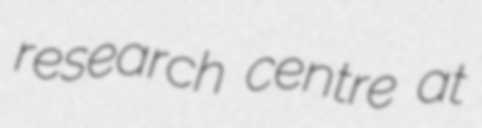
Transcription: research centre at